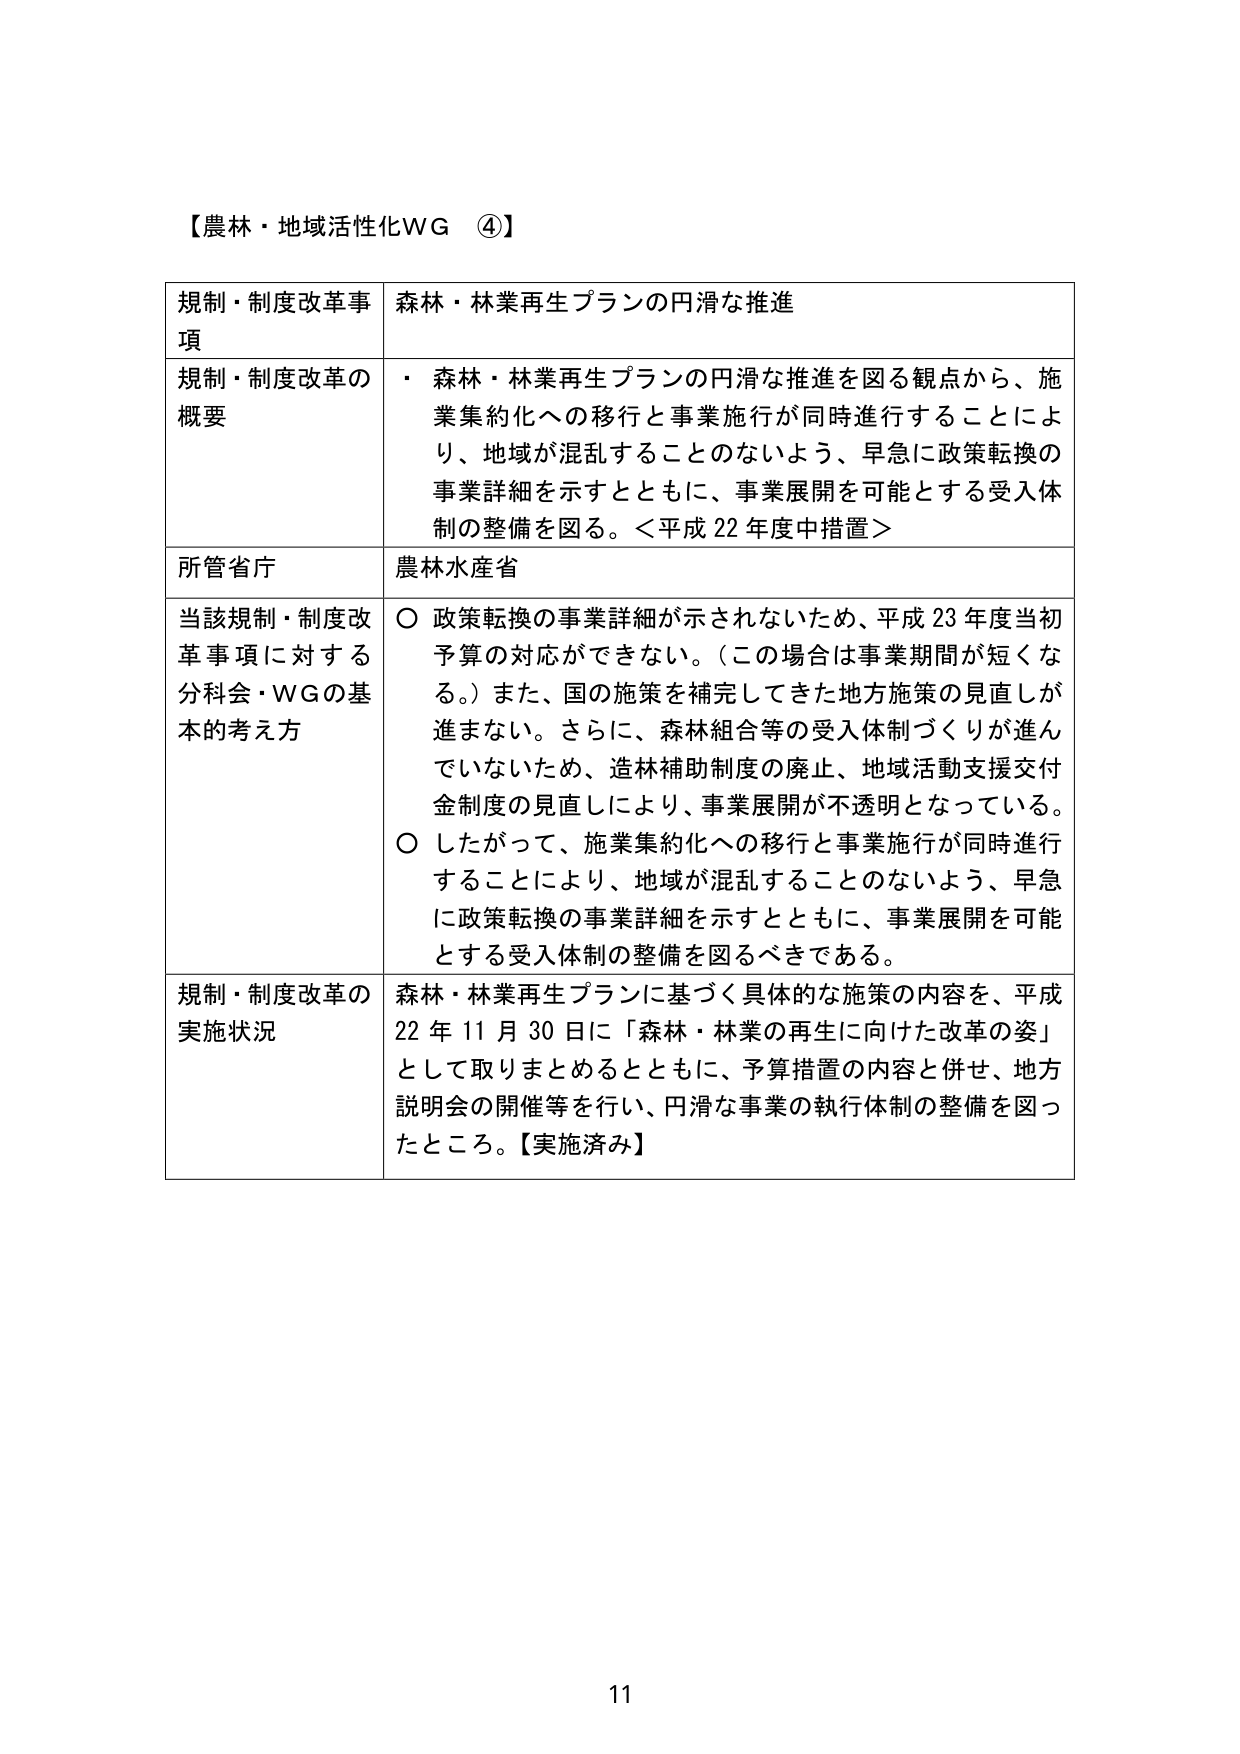
【農林・地域活性化WG ④】

規制・制度改革事項　森林・林業再生プランの円滑な推進

規制・制度改革の概要　・ 森林・林業再生プランの円滑な推進を図る観点から、施業集約化への移行と事業施行が同時進行することにより、地域が混乱することのないよう、早急に政策転換の事業詳細を示すとともに、事業展開を可能とする受入体制の整備を図る。＜平成22年度中措置＞

所管省庁　農林水産省

当該規制・制度改革事項に対する分科会・WGの基本的考え方　○ 政策転換の事業詳細が示されないため、平成23年度当初予算の対応ができない。（この場合は事業期間が短くなる。）また、国の施策を補完してきた地方施策の見直しが進まない。さらに、森林組合等の受入体制づくりが進んでいないため、造林補助制度の廃止、地域活動支援交付金制度の見直しにより、事業展開が不透明となっている。
○ したがって、施業集約化への移行と事業施行が同時進行することにより、地域が混乱することのないよう、早急に政策転換の事業詳細を示すとともに、事業展開を可能とする受入体制の整備を図るべきである。

規制・制度改革の実施状況　森林・林業再生プランに基づく具体的な施策の内容を、平成22年11月30日に「森林・林業の再生に向けた改革の姿」として取りまとめるとともに、予算措置の内容と併せ、地方説明会の開催等を行い、円滑な事業の執行体制の整備を図ったところ。【実施済み】

11